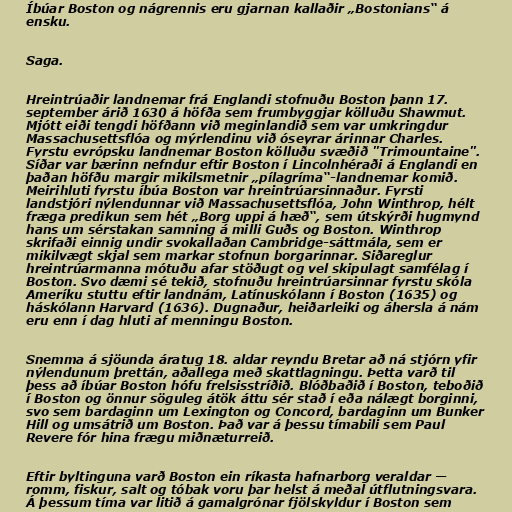
Íbúar Boston og nágrennis eru gjarnan kallaðir „Bostonians“ á
ensku.

Saga.

Hreintrúaðir landnemar frá Englandi stofnuðu Boston þann 17.
september árið 1630 á höfða sem frumbyggjar kölluðu Shawmut.
Mjótt eiði tengdi höfðann við meginlandið sem var umkringdur
Massachusettsflóa og mýrlendinu við óseyrar árinnar Charles.
Fyrstu evrópsku landnemar Boston kölluðu svæðið "Trimountaine".
Síðar var bærinn nefndur eftir Boston í Lincolnhéraði á Englandi en
þaðan höfðu margir mikilsmetnir „pílagríma“-landnemar komið.
Meirihluti fyrstu íbúa Boston var hreintrúarsinnaður. Fyrsti
landstjóri nýlendunnar við Massachusettsflóa, John Winthrop, hélt
fræga predikun sem hét „Borg uppi á hæð“, sem útskýrði hugmynd
hans um sérstakan samning á milli Guðs og Boston. Winthrop
skrifaði einnig undir svokallaðan Cambridge-sáttmála, sem er
mikilvægt skjal sem markar stofnun borgarinnar. Siðareglur
hreintrúarmanna mótuðu afar stöðugt og vel skipulagt samfélag í
Boston. Svo dæmi sé tekið, stofnuðu hreintrúarsinnar fyrstu skóla
Ameríku stuttu eftir landnám, Latínuskólann í Boston (1635) og
háskólann Harvard (1636). Dugnaður, heiðarleiki og áhersla á nám
eru enn í dag hluti af menningu Boston.

Snemma á sjöunda áratug 18. aldar reyndu Bretar að ná stjórn yfir
nýlendunum þrettán, aðallega með skattlagningu. Þetta varð til
þess að íbúar Boston hófu frelsisstríðið. Blóðbaðið í Boston, teboðið
í Boston og önnur söguleg átök áttu sér stað í eða nálægt borginni,
svo sem bardaginn um Lexington og Concord, bardaginn um Bunker
Hill og umsátrið um Boston. Það var á þessu tímabili sem Paul
Revere fór hina frægu miðnæturreið.

Eftir byltinguna varð Boston ein ríkasta hafnarborg veraldar —
romm, fiskur, salt og tóbak voru þar helst á meðal útflutningsvara.
Á þessum tíma var litið á gamalgrónar fjölskyldur í Boston sem